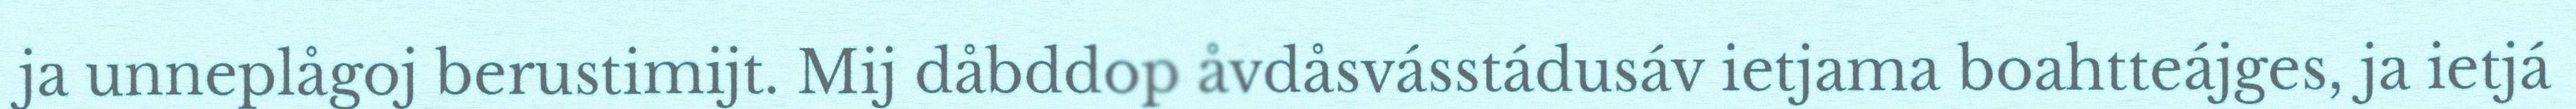
ja unneplågoj berustimijt. Mij dåbddop åvdåsvásstádusáv ietjama boahtteájges, ja ietjá